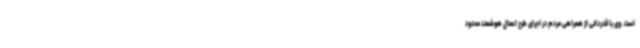
است. وی با قدردانی از همراهی مردم در اجرای طرح اعمال هوشمند محدود